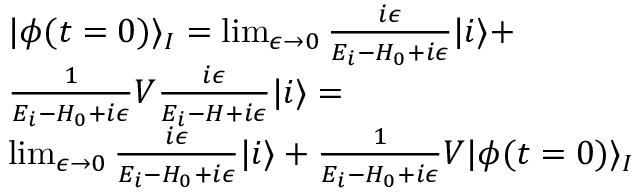
\begin{array} { r l } & { | \phi ( t = 0 ) \rangle _ { I } = \operatorname* { l i m } _ { \epsilon \to 0 } \frac { i \epsilon } { E _ { i } - H _ { 0 } + i \epsilon } | i \rangle + } \\ & { \frac { 1 } { E _ { i } - H _ { 0 } + i \epsilon } V \frac { i \epsilon } { E _ { i } - H + i \epsilon } | i \rangle = } \\ & { \operatorname* { l i m } _ { \epsilon \to 0 } \frac { i \epsilon } { E _ { i } - H _ { 0 } + i \epsilon } | i \rangle + \frac { 1 } { E _ { i } - H _ { 0 } + i \epsilon } V | \phi ( t = 0 ) \rangle _ { I } } \end{array}